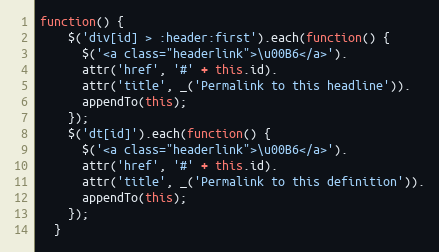
Language: JavaScript
function() {
    $('div[id] > :header:first').each(function() {
      $('<a class="headerlink">\u00B6</a>').
      attr('href', '#' + this.id).
      attr('title', _('Permalink to this headline')).
      appendTo(this);
    });
    $('dt[id]').each(function() {
      $('<a class="headerlink">\u00B6</a>').
      attr('href', '#' + this.id).
      attr('title', _('Permalink to this definition')).
      appendTo(this);
    });
  }